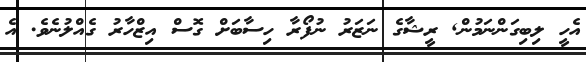
އެހީ ލިބިގަންނަމުން